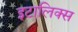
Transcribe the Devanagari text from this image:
इटालिक्स